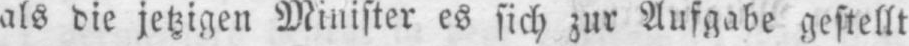
als die jetzigen Minister es sich zur Aufgabe gestellt